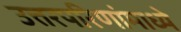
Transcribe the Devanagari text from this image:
उत्तरपरिणांमाध्ये